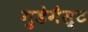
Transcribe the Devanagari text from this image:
गुडेगैस्ट